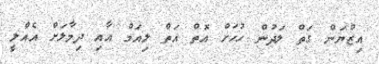
އިޒްޔަން ގަތް ލަދުން ހުހަށް އޮތް އަތް ލިއަމް އާއި ދިމާލަށް އެއްލީ